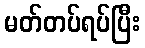
မတ်တပ်ရပ်ပြီး